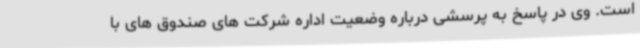
است. وی در پاسخ به پرسشی درباره وضعیت اداره شرکت های صندوق های با